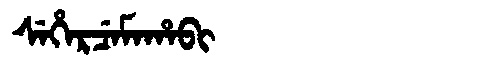
Manchu: ᠰᡝᡥᡝᡵᠴᡝᠮᠠᡥᠠᠪᡳ
Romanization: SEHERCEMAHABI